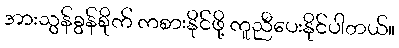
အားသွန်ခွန်စိုက် ကစားနိုင်ဖို့ ကူညီပေးနိုင်ပါတယ်။